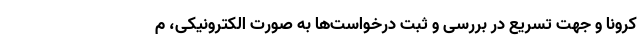
کرونا و جهت تسریع در بررسی و ثبت درخواست‌ها به صورت الکترونیکی، م